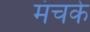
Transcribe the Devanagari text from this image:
मंचके